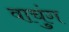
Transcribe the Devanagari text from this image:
वाचुंग